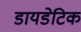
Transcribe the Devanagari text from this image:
डायडेटिक